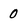
Character: 0